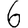
Digit: 6